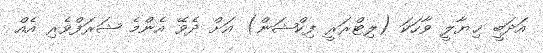
އަދަބީ ޚިޔާލީ ވާހަކަ (ލިޓްރަރީ ފިކްޝަން) އަށް ދެވޭ އެންމެ ޝަރަފްވެރި އެއް